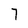
Character: 7